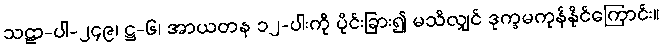
သဠာ-ပါ-၂၄၉၊ ဋ္ဌ-၆၊ အာယတန ၁၂-ပါးကို ပိုင်းခြား၍ မသိလျှင် ဒုက္ခမကုန်နိုင်ကြောင်း။